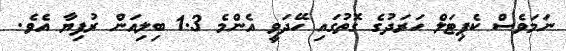
ނަމަވެސް ކެޕިޓަލް ހަރަދުގެ ގޮތުގައި ހޭދަވީ އެންމެ 1.3 ބިލިއަން ރުފިޔާ އެވެ.